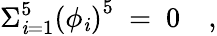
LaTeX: \Sigma_{\mathit{i}=1}^{5}\left(\phi_{\mathit{i}}\right)^{5}~=~0\quad,